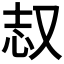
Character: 𫨺